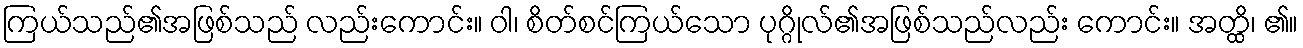
ကြယ်သည်၏အဖြစ်သည် လည်းကောင်း။ ဝါ၊ စိတ်စင်ကြယ်သော ပုဂ္ဂိုလ်၏အဖြစ်သည်လည်း ကောင်း။ အတ္ထိ၊ ၏။